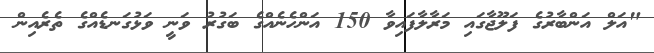
"އަލް އަންބާރުގެ ފަލޫޖާގައި މަރާލާފައިވާ 150 އަންހެނެއްގެ ބަގުރު ވަނީ ވަޅުގަނޑެއްގެ ތެރެއިން